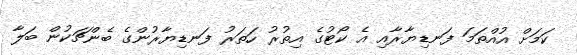
ކަމަށް އުއްތަމަ ފަނޑިޔާރާއި އެ ކޯޓުގެ އިތުރު ހަތަރު ފަނޑިޔާރުންގެ ބެންޗަކުން ބަލާ